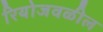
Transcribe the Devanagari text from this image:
रियोजवळील